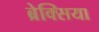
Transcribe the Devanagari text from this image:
ब्रेक्सिया